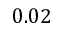
0 . 0 2